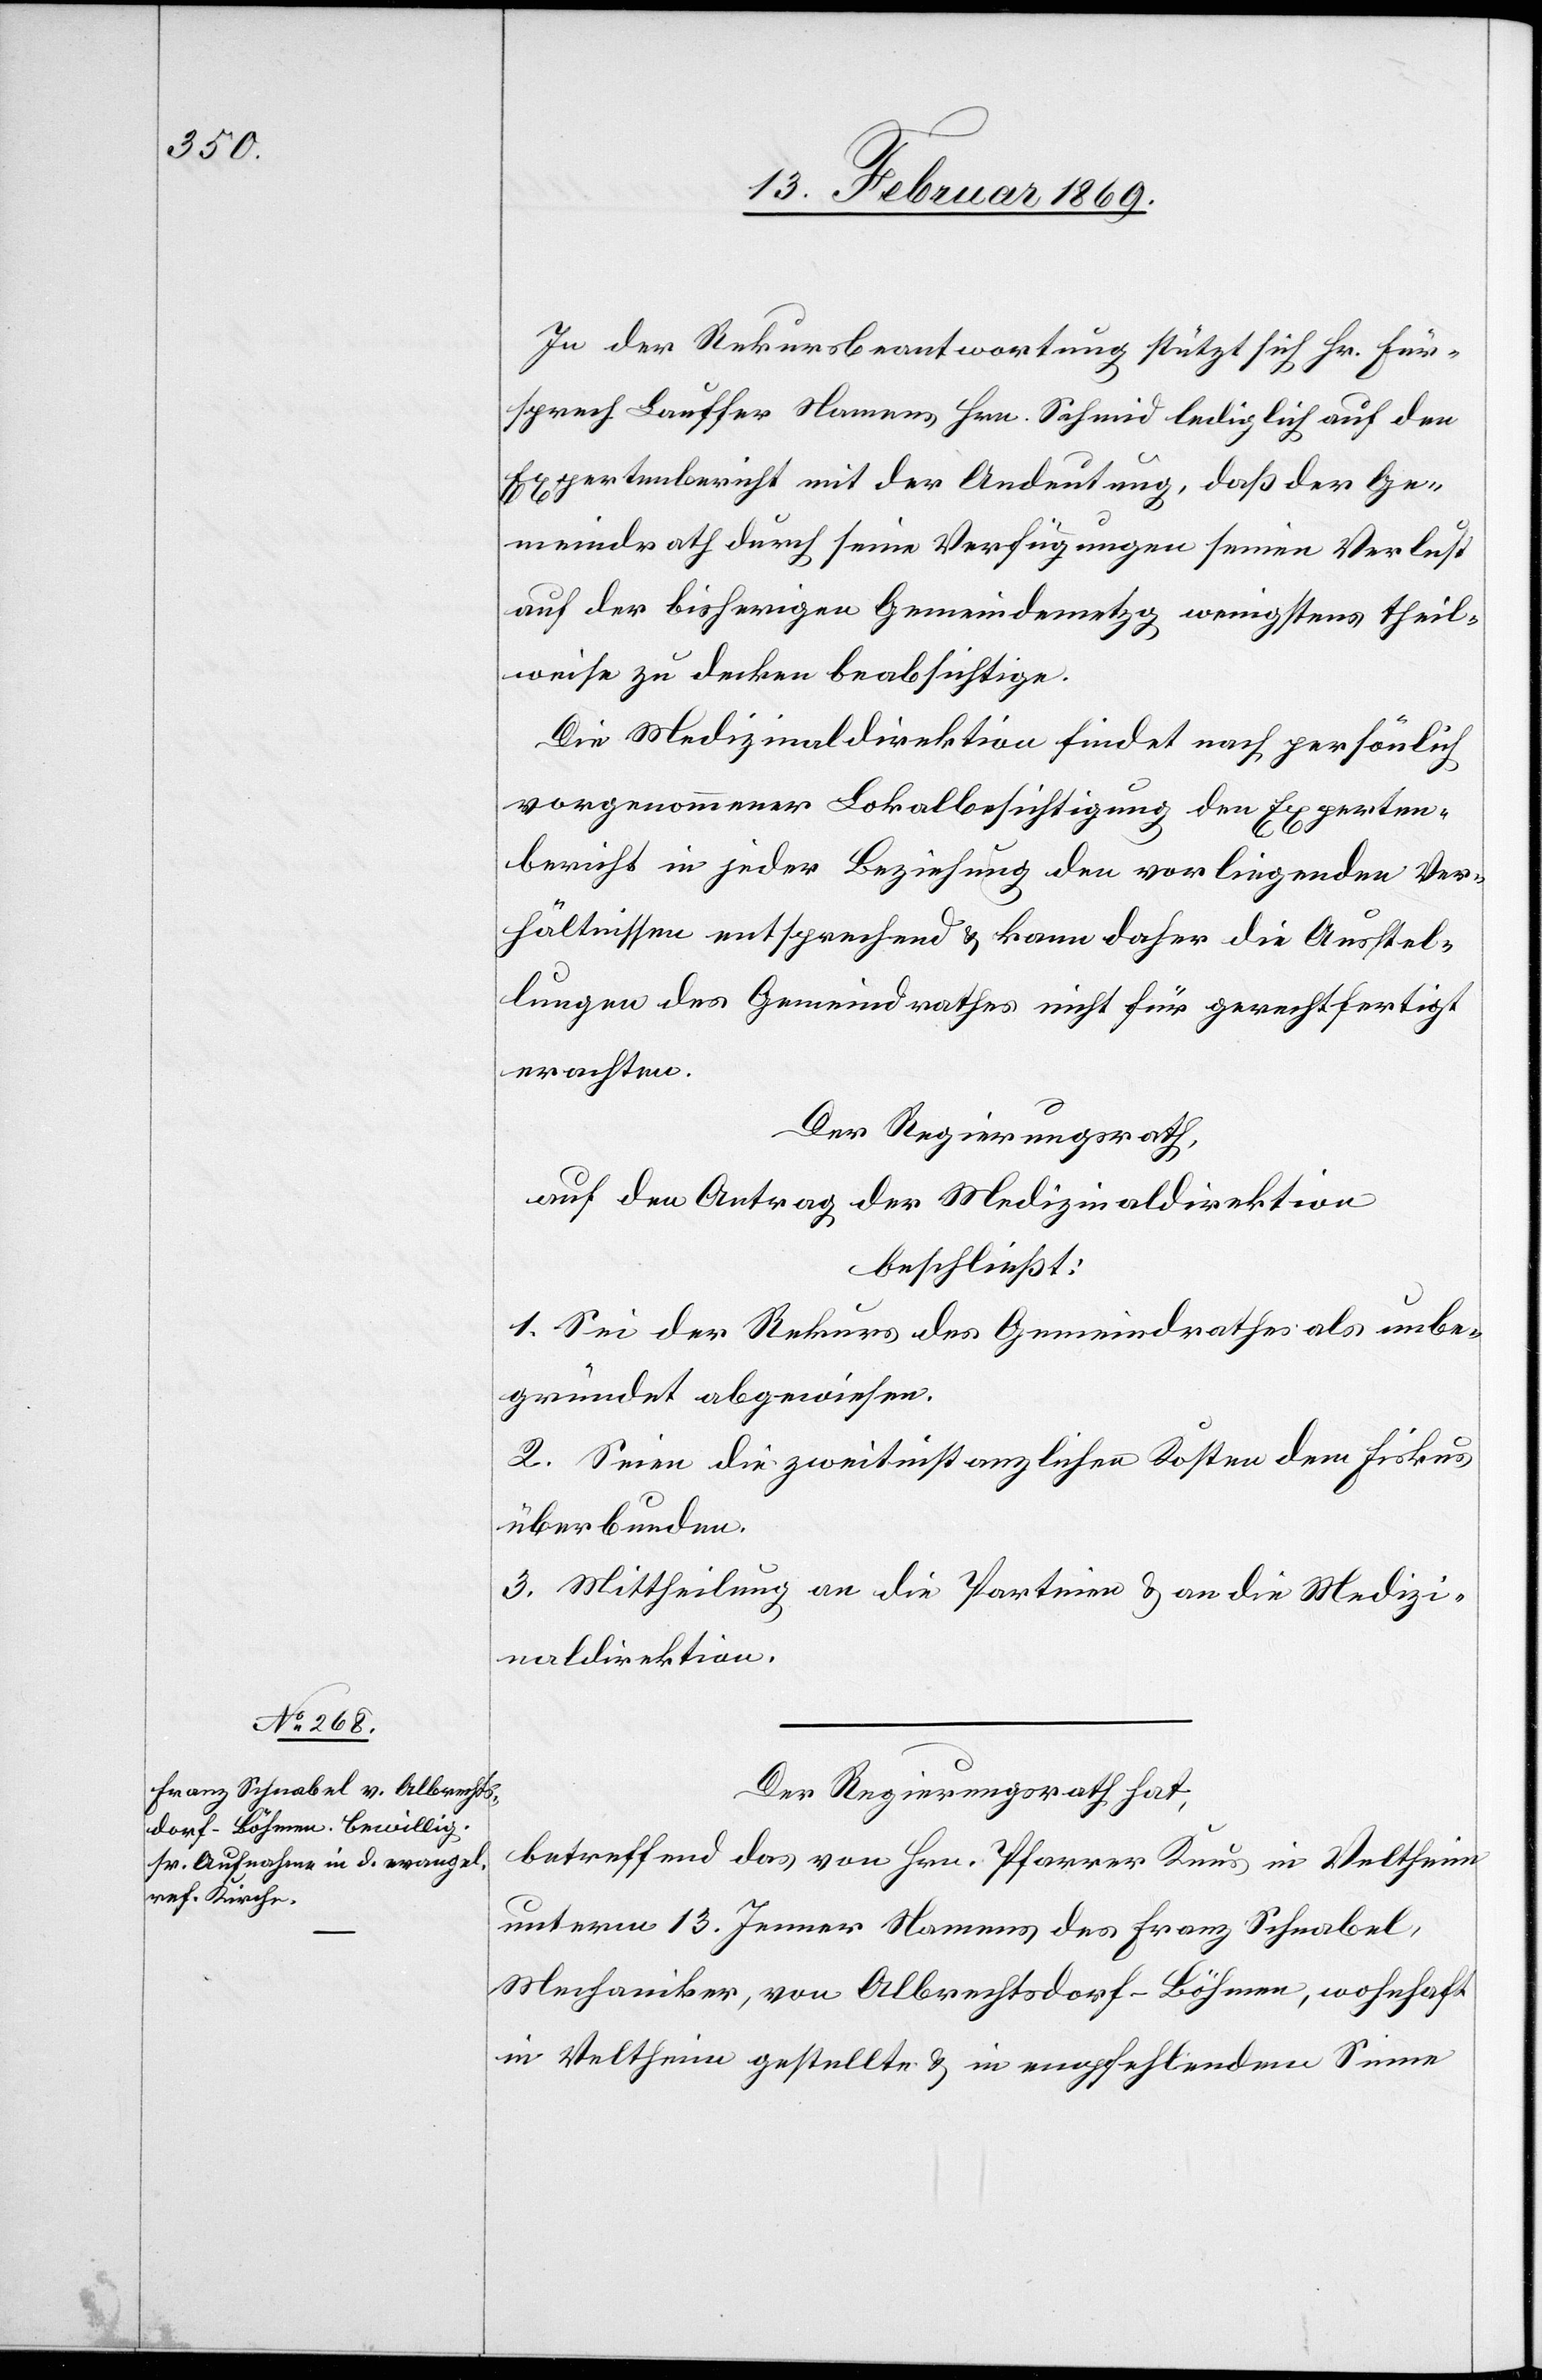
In der Rekursbeantwortung stützt sich Hr. Für¬
sprech Lauffer Namens Hrn. Schmid lediglich auf den
Expertenbericht mit der Andeutung, daß der Ge¬
meindrath durch seine Verfügungen seinen Verlust
auf der bisherigen Gemeindemetzg wenigstens theil¬
weise zu decken beabsichtige.
Die Medizinaldirektion findet nach persönlich
vorgenommener Lokalbesichtigung den Experten¬
bericht in jeder Beziehung den vorliegenden Ver¬
hältnissen entsprechend u. kann daher die Ausstel¬
lungen des Gemeindrathes nicht für gerechtfertigt
erachten.
Der Regierungsrath,
auf den Antrag der Medizinaldirektion
beschließt:
1. Sei der Rekurs des Gemeindrathes als unbe¬
gründet abgewiesen.
2. Seien die zweitinstanzlichen Kosten dem Fiskus
überbunden.
3. Mittheilung an die Parteien u. an die Medizi¬
naldirektion.
Der Regierungsrath hat,
betreffend das von Hrn. Pfarrer Knus in Veltheim
unterm 13. Jenner Namens des Franz Schnabel,
Mechaniker, von Albrechtsdorf - Böhmen, wohnhaft
in Veltheim gestellte u. in empfehlendem Sinne